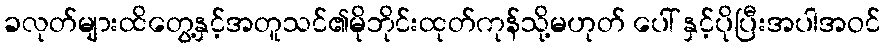
ခလုတ်များထိတွေ့နှင့်အတူသင်၏မိုဘိုင်းထုတ်ကုန်သို့မဟုတ် ပေါ် နှင့်ပိုပြီးအပါအဝင်